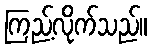
ကြည့်လိုက်သည်။